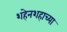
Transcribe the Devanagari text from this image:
शहेनशहाच्या